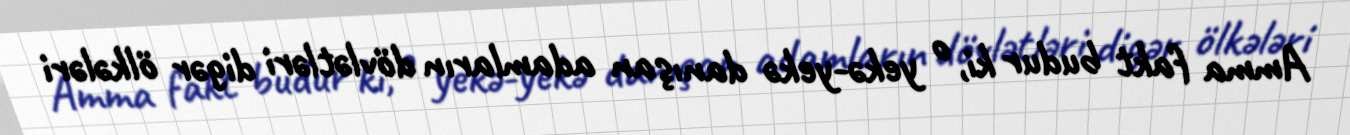
Amma fakt budur ki, o yekə-yekə danışan adamların dövlətləri digər ölkələri